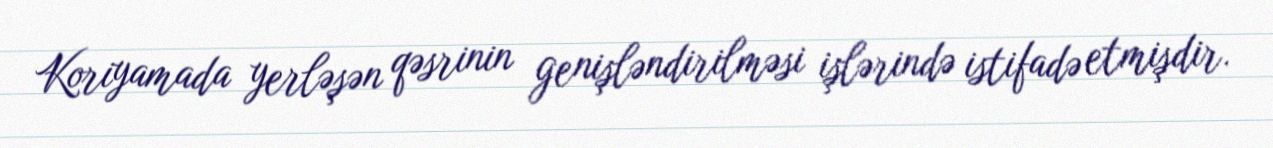
Koriyamada yerləşən qəsrinin genişləndirilməsi işlərində istifadə etmişdir.